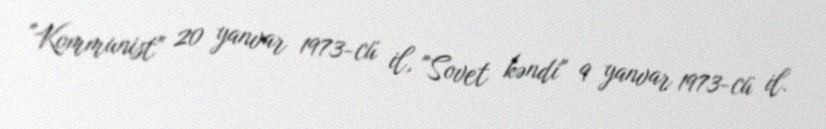
"Kommunist" 20 yanvar 1973-cü il, "Sovet kəndi" 9 yanvar 1973-cü il.